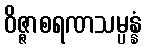
ဝိဇ္ဇာစရဏသမ္ပန္နံ